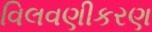
વિલવણીકરણ